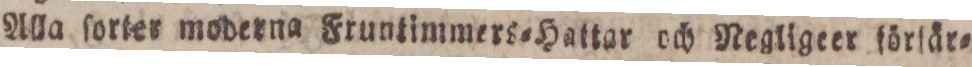
Alla ſorter moderna Fruntimmers=Hattar och Negligeer förlär=